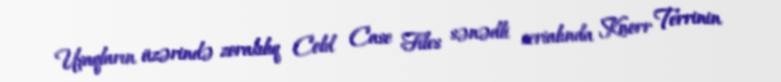
Uşaqların üzərində zorakılıq Cold Case Files sənədli serialında Knorr Terrinin